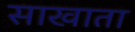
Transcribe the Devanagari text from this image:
साखाता